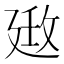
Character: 𢌦